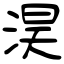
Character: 淏